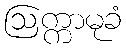
ဩက္ကာမုခံ